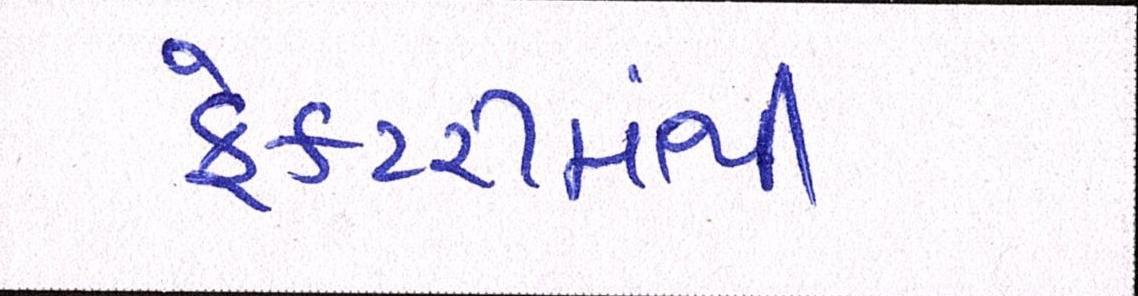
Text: ફેકટરીમાંથી